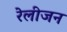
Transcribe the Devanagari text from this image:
रेलीजन